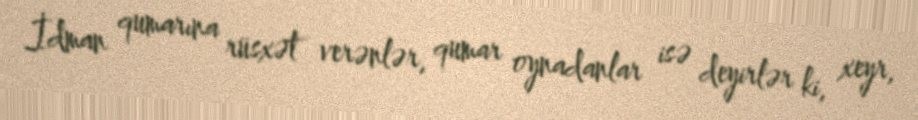
İdman qumarına rüsxət verənlər, qumar oynadanlar isə deyirlər ki, xeyr,